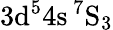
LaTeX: \mathrm{3d^{5}4s\, ^{7}S_{3}}